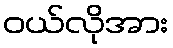
ဝယ်လိုအား